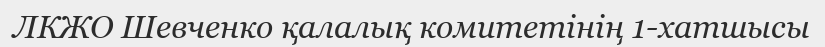
ЛКЖО Шевченко қалалық комитетінің 1-хатшысы